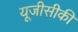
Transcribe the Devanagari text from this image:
यूजीसीकी